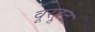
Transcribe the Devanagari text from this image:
वूरहूट